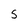
Character: s